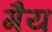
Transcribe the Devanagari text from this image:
गैय